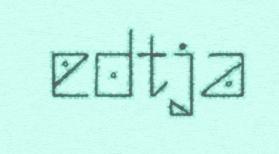
edtja